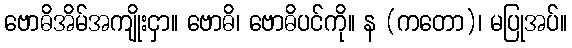
ဗောဓိအိမ်အကျိုးငှာ။ ဗောဓိ၊ ဗောဓိပင်ကို။ န (ကတော)၊ မပြုအပ်။